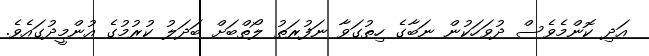
އަދި ކޮންމެވެސް ދުވަހަކުން ނަބާގެ ހިތުގަވާ ނަފުރަތު ލޯތްބަށް ބަދަލު ކުރުމުގެ އުންމީދުގައެވެ.